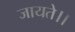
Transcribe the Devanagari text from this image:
जायते।।